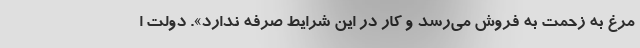
مرغ به زحمت به فروش می‌رسد و کار در این شرایط صرفه ندارد». دولت ا